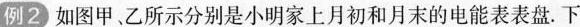
例2 如图甲、乙所示分别是小明家上月初和月末的电能表表盘。下